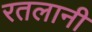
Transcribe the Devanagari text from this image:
रतलानी